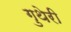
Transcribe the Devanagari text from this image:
गुथेरी